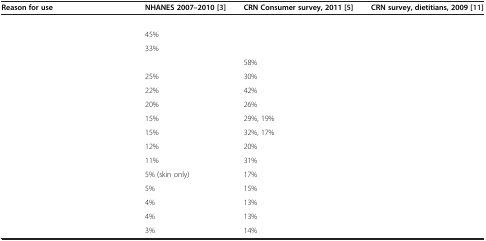
<table><thead><tr><td><b>Reason for use</b></td><td><b>NHANES 2007–2010 [[3]]</b></td><td><b>CRN Consumer survey, 2011 [[5]]</b></td><td><b>CRN survey, dietitians, 2009 [[11]]</b></td></tr></thead><tbody><tr><td>[EMPTY_CELL]</td><td>[EMPTY_CELL]</td><td>[EMPTY_CELL]</td><td>[EMPTY_CELL]</td></tr><tr><td>[EMPTY_CELL]</td><td>45%</td><td>[EMPTY_CELL]</td><td>[EMPTY_CELL]</td></tr><tr><td>[EMPTY_CELL]</td><td>33%</td><td>[EMPTY_CELL]</td><td>[EMPTY_CELL]</td></tr><tr><td>[EMPTY_CELL]</td><td>[EMPTY_CELL]</td><td>58%</td><td>[EMPTY_CELL]</td></tr><tr><td>[EMPTY_CELL]</td><td>25%</td><td>30%</td><td>[EMPTY_CELL]</td></tr><tr><td>[EMPTY_CELL]</td><td>22%</td><td>42%</td><td>[EMPTY_CELL]</td></tr><tr><td>[EMPTY_CELL]</td><td>20%</td><td>26%</td><td>[EMPTY_CELL]</td></tr><tr><td>[EMPTY_CELL]</td><td>15%</td><td>29%, 19%</td><td>[EMPTY_CELL]</td></tr><tr><td>[EMPTY_CELL]</td><td>15%</td><td>32%, 17%</td><td>[EMPTY_CELL]</td></tr><tr><td>[EMPTY_CELL]</td><td>12%</td><td>20%</td><td>[EMPTY_CELL]</td></tr><tr><td>[EMPTY_CELL]</td><td>11%</td><td>31%</td><td>[EMPTY_CELL]</td></tr><tr><td>[EMPTY_CELL]</td><td>5% (skin only)</td><td>17%</td><td>[EMPTY_CELL]</td></tr><tr><td>[EMPTY_CELL]</td><td>5%</td><td>15%</td><td>[EMPTY_CELL]</td></tr><tr><td>[EMPTY_CELL]</td><td>4%</td><td>13%</td><td>[EMPTY_CELL]</td></tr><tr><td>[EMPTY_CELL]</td><td>4%</td><td>13%</td><td>[EMPTY_CELL]</td></tr><tr><td>[EMPTY_CELL]</td><td>3%</td><td>14%</td><td>[EMPTY_CELL]</td></tr></tbody></table>